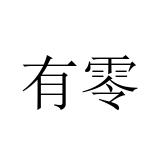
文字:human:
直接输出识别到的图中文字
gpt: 有零